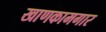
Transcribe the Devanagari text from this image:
खाणकामगार